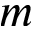
m